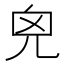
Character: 𠒆